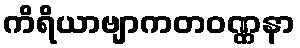
ကိရိယာဗျာကတဝဏ္ဏနာ